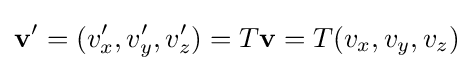
\mathbf {v} '=(v'_{x},v'_{y},v'_{z})=T\mathbf {v} =T(v_{x},v_{y},v_{z})